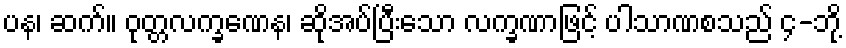
ပန၊ ဆက်။ ဝုတ္တလက္ခဏေန၊ ဆိုအပ်ပြီးသော လက္ခဏာဖြင့် ပါသာဏစသည် ၄-ဘို့